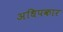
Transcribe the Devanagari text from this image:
अधिपकार